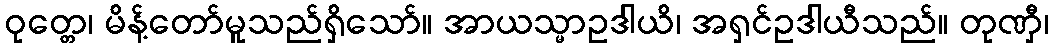
ဝုတ္တေ၊ မိန့်တော်မူသည်ရှိသော်။ အာယသ္မာဥဒါယိ၊ အရှင်ဥဒါယီသည်။ တုဏှီ၊